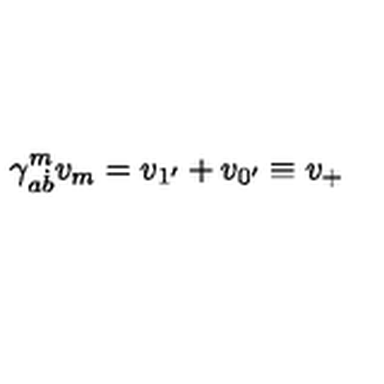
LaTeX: \gamma _ { a \dot { b } } ^ { m } v _ { m } = v _ { 1 ^ { \prime } } + v _ { 0 ^ { \prime } } \equiv v _ { + }